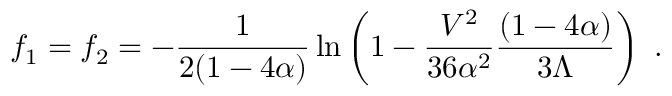
f _ { 1 } = f _ { 2 } = - \frac { 1 } { 2 ( 1 - 4 \alpha ) } \ln \left( 1 - \frac { V ^ { 2 } } { 3 6 \alpha ^ { 2 } } \frac { ( 1 - 4 \alpha ) } { 3 \Lambda } \right) ~ .